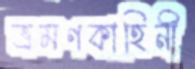
ভ্রমণকাহিনী